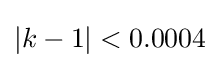
|k-1|<0.0004